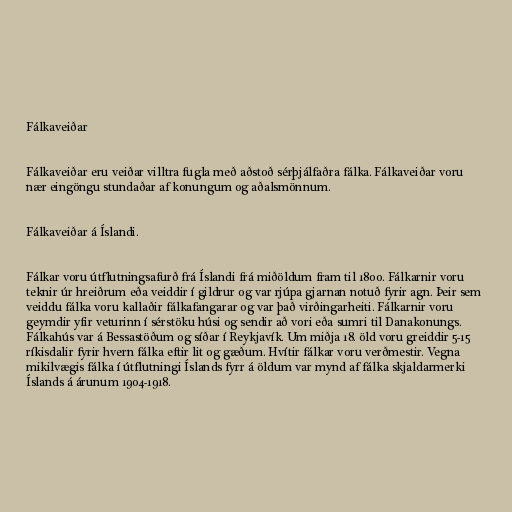
Fálkaveiðar

Fálkaveiðar eru veiðar villtra fugla með aðstoð sérþjálfaðra fálka. Fálkaveiðar voru
nær eingöngu stundaðar af konungum og aðalsmönnum.

Fálkaveiðar á Íslandi.

Fálkar voru útflutningsafurð frá Íslandi frá miðöldum fram til 1800. Fálkarnir voru
teknir úr hreiðrum eða veiddir í gildrur og var rjúpa gjarnan notuð fyrir agn. Þeir sem
veiddu fálka voru kallaðir fálkafangarar og var það virðingarheiti. Fálkarnir voru
geymdir yfir veturinn í sérstöku húsi og sendir að vori eða sumri til Danakonungs.
Fálkahús var á Bessastöðum og síðar í Reykjavík. Um miðja 18. öld voru greiddir 5-15
ríkisdalir fyrir hvern fálka eftir lit og gæðum. Hvítir fálkar voru verðmestir. Vegna
mikilvægis fálka í útflutningi Íslands fyrr á öldum var mynd af fálka skjaldarmerki
Íslands á árunum 1904-1918.